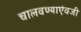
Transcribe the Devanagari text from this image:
चालवण्याऐवजी